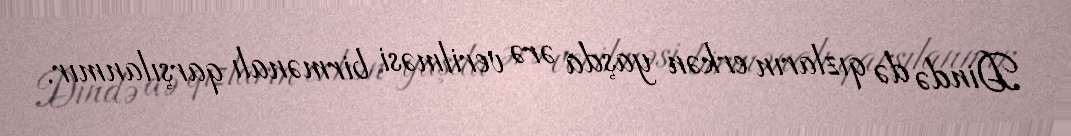
Dində də qızların erkən yaşda ərə verilməsi birmənalı qarşılanmır.